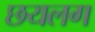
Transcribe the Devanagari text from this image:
छयलग